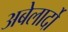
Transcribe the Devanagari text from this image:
अबेलार्दो